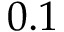
0 . 1